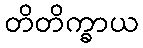
တိတိက္ခာယ